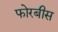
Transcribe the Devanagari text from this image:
फोरबीस